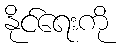
နိုင်ရေးကို